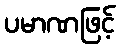
ပမာဏဖြင့်